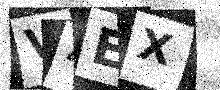
Text: V4EX